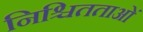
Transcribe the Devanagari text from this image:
निश्चितताओं